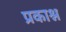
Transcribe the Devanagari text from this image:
प्रकाश्न